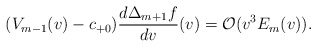
\begin{align*} (V_{m-1}(v)-c_{+0})\frac{d\Delta_{m+1}f}{dv}(v)=\mathcal{O}(v^3E_m(v)).\end{align*}